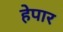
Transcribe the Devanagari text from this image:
हेपार